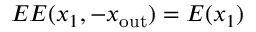
E E ( x _ { 1 } , - x _ { \mathrm { o u t } } ) = E ( x _ { 1 } )